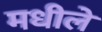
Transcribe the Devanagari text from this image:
मधीले